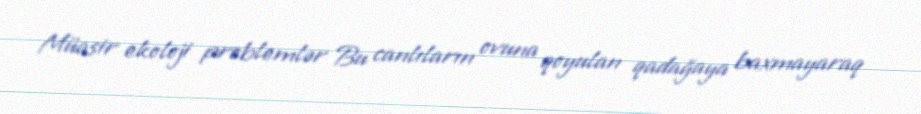
Müasir ekoloji problemlər Bu canlıların ovuna qoyulan qadağaya baxmayaraq